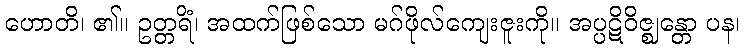
ဟောတိ၊ ၏။ ဥတ္တရိံ၊ အထက်ဖြစ်သော မဂ်ဖိုလ်ကျေးဇူးကို။ အပ္ပဋိဝိဇ္ဈန္တော ပန၊